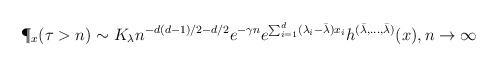
LaTeX: \begin{align*}\P_x(\tau > n) \sim K_{\lambda}n^{-d(d-1)/2 - d/2} e^{-\gamma n} e^{\sum_{i=1}^d ( \lambda_i- \bar{\lambda} ) x_i} h^{(\bar{\lambda}, \ldots, \bar{\lambda})}(x), n \rightarrow \infty\end{align*}